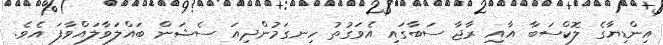
އިންޑިޔާގެ ލޮކްސަބާ އާއި ރާޖާ ސަބާގައި އެވަގުތު ހިނގަމުންދިއަ ސެޝަން ބައްލަވާލައްވާފަ އެވެ.